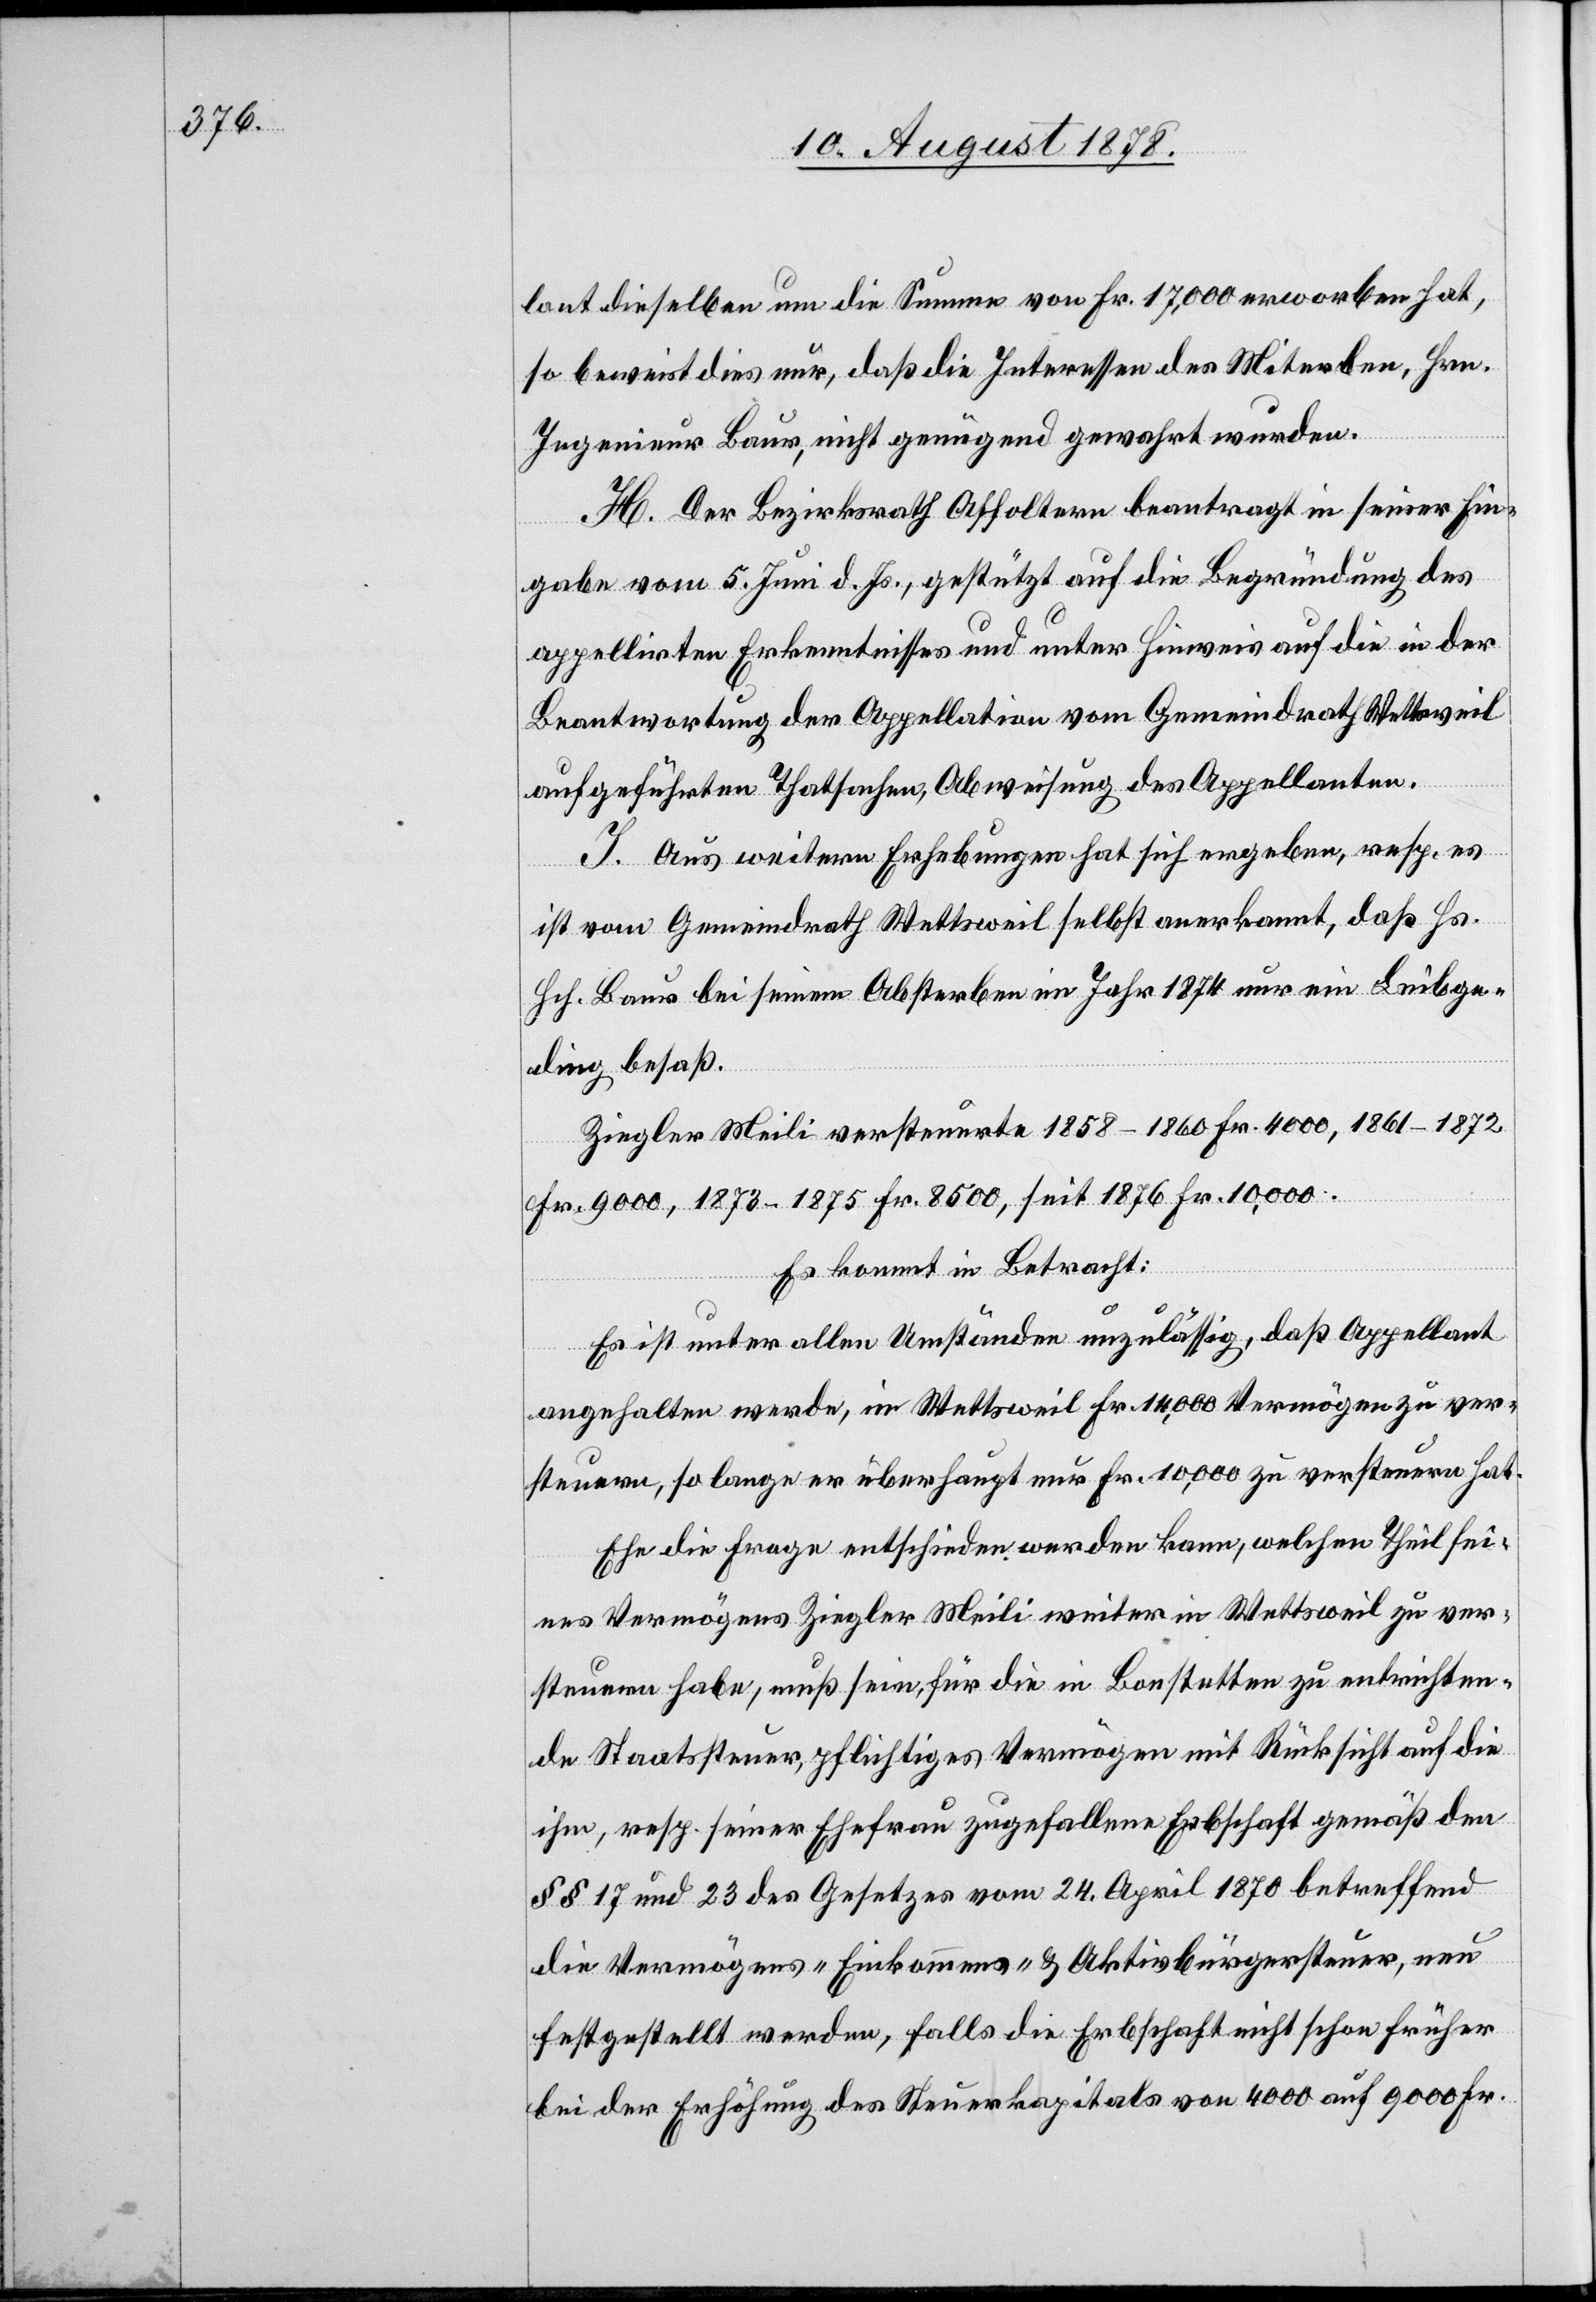
lant dieselben um die Summe von Fr. 17,000 erworben hat,
so beweist dies nur, daß die Interessen des Miterben, Hrn.
Ingenieur Baur, nicht genügend gewahrt wurden.
H. Der Bezirksrath Affoltern beantragt in seiner Ein¬
gabe vom 5. Juni d. Js., gestützt auf die Begründung des
appellirten Erkenntnisses und unter Hinweis auf die in der
Beantwortung der Appellation vom Gemeindrath Wettsweil
aufgeführten Thatsachen, Abweisung des Appellanten.
I. Aus weitern Erhebungen hat sich ergeben, resp. es
ist vom Gemeindrath Wettsweil selbst anerkannt, daß Hs.
Hch. Baur bei seinem Absterben im Jahr 1874 nur ein Leibge¬
ding besaß.
Ziegler Meili versteuerte 1858–1860 Fr. 4000, 1861–1872
Fr. 9000, 1873–1875 Fr. 8500, seit 1876 Fr. 10,000.
Es kommt in Betracht:
Es ist unter allen Umständen unzulässig, daß Appellant
angehalten werde, in Wettsweil Fr. 14,000 Vermögen zu ver¬
steuern, so lange er überhaupt nur Fr. 10,000 zu versteuern hat.
Ehe die Frage entschieden werden kann, welchen Theil sei¬
nes Vermögens Ziegler Meili weiter in Wettsweil zu ver¬
steuern habe, muß sein, für die in Bonstetten zu entrichten¬
de Staatssteuer, pflichtiges Vermögen mit Rücksicht auf die
ihm, resp. seiner Ehefrau zugefallene Erbschaft gemäß den
§§ 17 und 23 des Gesetzes vom 24. April 1870 betreffend
die Vermögens-[,] Einkommens- & Aktivbürgersteuer, neu
festgestellt werden, falls die Erbschaft nicht schon früher
bei der Erhöhung des Steuerkapitals von 4000 auf 9000 Fr.